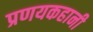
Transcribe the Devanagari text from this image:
प्रणयकहानी